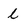
Character: l